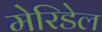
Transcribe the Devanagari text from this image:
मेरिडेल